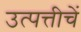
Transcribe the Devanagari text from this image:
उत्पत्तीचें